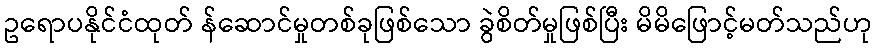
ဥရောပနိုင်ငံထုတ် န်ဆောင်မှုတစ်ခုဖြစ်သော ခွဲစိတ်မှုဖြစ်ပြီး မိမိဖြောင့်မတ်သည်ဟု